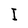
Character: I